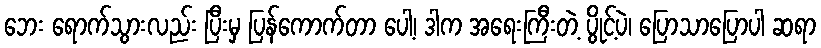
ဘေး ရောက်သွားလည်း ပြီးမှ ပြန်ကောက်တာ ပေါ့၊ ဒါက အရေးကြီးတဲ့ ပွိုင့်ပဲ၊ ပြောသာပြောပါ ဆရာ